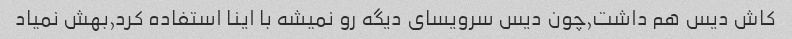
کاش دیس هم داشت,چون دیس سرویسای دیگه رو نمیشه با اینا استفاده کرد,بهش نمیاد